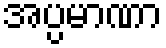
အပ္ပမာဏာ